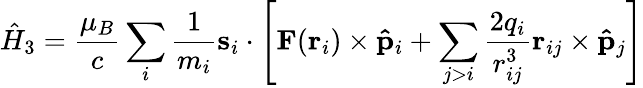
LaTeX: {\hat{H}}_{3}={\frac{\mu_{B}}{c}}\sum_{i}{\frac{1}{m_{i}}}\mathbf{s}_{i}\cdot\left[\mathbf{F}(\mathbf{r}_{i})\times\mathbf{\hat{p}}_{i}+\sum_{j>i}{\frac{2q_{i}}{r_{ij}^{3}}}\mathbf{r}_{ij}\times\mathbf{\hat{p}}_{j}\right]